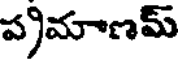
ప్రమాణమ్